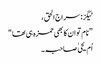
ٹیگز:سراج الحق ،
” نام تو ان کا بھی حمزہ ہی تھا “
اُم یحیٰ صاحبہ ۔